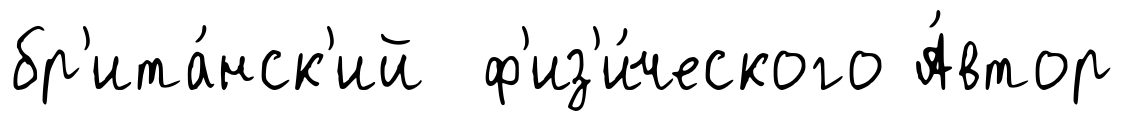
бр'ита́нск'ий ф'из'и́ческого А́втор